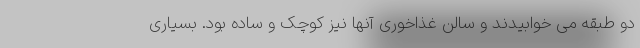
دو طبقه می خوابیدند و سالن غذاخوری آنها نیز کوچک و ساده بود. بسیاری